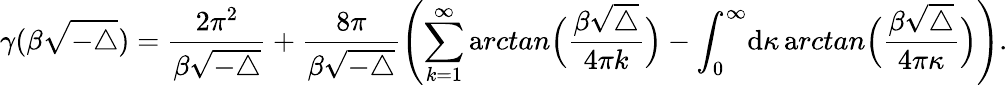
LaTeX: \gamma(\beta\sqrt{-\triangle})=\frac{2\pi^{2}}{\beta\sqrt{-\triangle}}+\frac{8\pi}{\beta\sqrt{-\triangle}}\left(\sum_{k=1}^{\infty}{\mathrm arctan}\Big(\frac{\beta\sqrt{\triangle}}{4\pi k}\Big)-\int_{0}^{\infty}\! {\mathrm d}\kappa\, {\mathrm arctan}\Big(\frac{\beta\sqrt{\triangle}}{4\pi\kappa}\Big)\right).